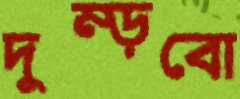
দুম্‌ড়বো